Scottish Leaving Certificate Examination, 1957
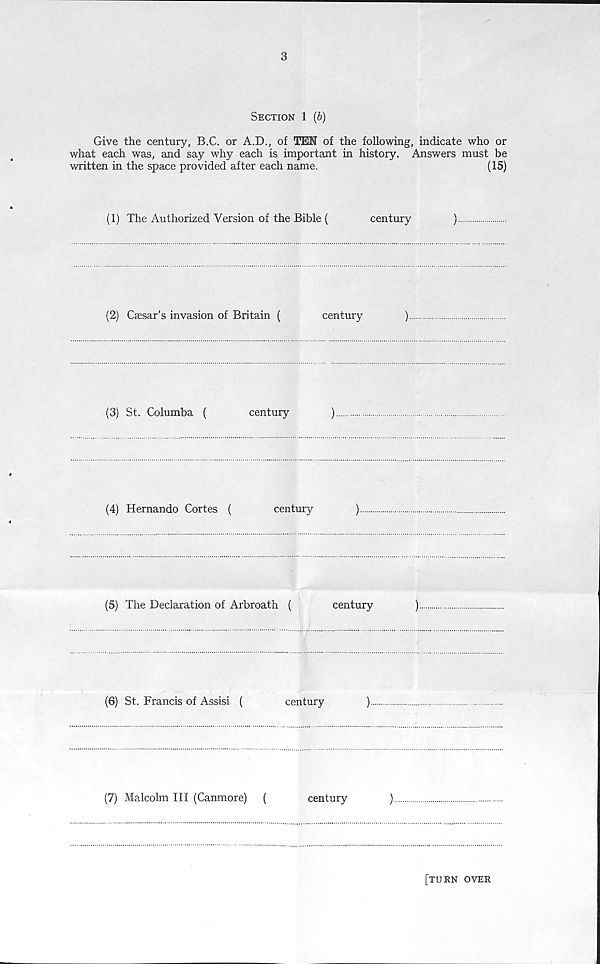
3
Section 1 (b)
Give the century, B.C. or A.D., of TEN of the following, indicate who or
what each was, and say why each is important in history. Answers must be
written in the space provided after each name.
(15)
(1) The Authorized Version of the Bible (
century
)
(2) Caesar’s invasion of Britain (
century
)
(3) St. Columba (
century
)
(4) Hernando Cortes (
century
)
(5) The Declaration of Arbroath (
century
)
(6) St. Francis of Assisi (
century
)
(7) Malcolm III (Canmore)
(
century
)
[turn over